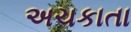
અચકાતા